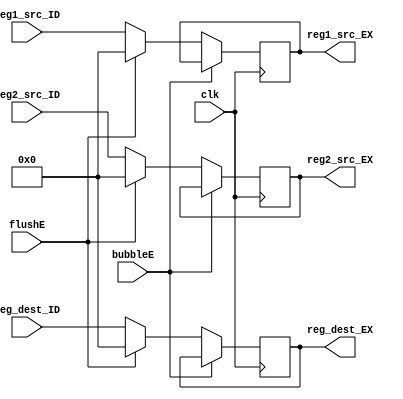
`timescale 1ns / 1ps
//////////////////////////////////////////////////////////////////////////////////
// Company: USTC ESLAB
// 
// Design Name: RV32I Core
// Module Name: Register Address seg reg
// Tool Versions: Vivado 2017.4.1
// Description: Register address seg reg for ID\EX
// 
//////////////////////////////////////////////////////////////////////////////////


//  
    // ID\EX
// 
    // clk               
    // reg1_src_ID       ID1
    // reg2_src_ID       ID2
    // reg_dest_ID       ID
    // bubbleE           EXbubble
    // flushE            EXflush
// 
    // reg1_src_EX       1
    // reg2_src_EX       2
    // reg_dest_EX       
//   
    // 

module Addr_EX(
    input wire clk, bubbleE, flushE,
    input wire [4:0] reg1_src_ID, reg2_src_ID, reg_dest_ID,
    output reg [4:0] reg1_src_EX, reg2_src_EX, reg_dest_EX
    );

    initial 
    begin
        reg1_src_EX = 0;
        reg2_src_EX = 0;
        reg_dest_EX = 0;
    end
    
    always@(posedge clk)
        if (!bubbleE) 
        begin
            if (flushE)
            begin
                reg1_src_EX <= 0;
                reg2_src_EX <= 0;
                reg_dest_EX <= 0;
            end
            else
            begin
                reg1_src_EX <= reg1_src_ID;
                reg2_src_EX <= reg2_src_ID;
                reg_dest_EX <= reg_dest_ID;
            end
        end
    
endmodule